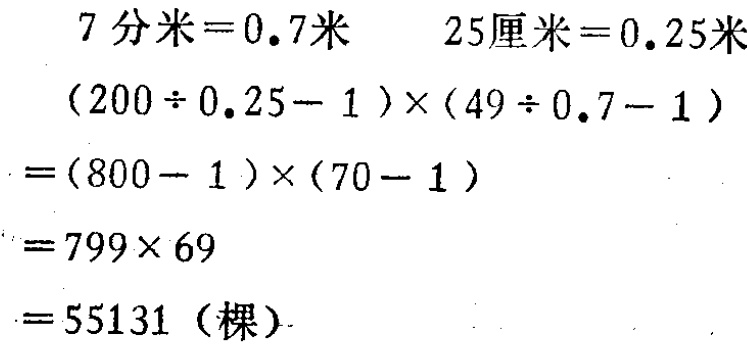
\[

\begin{align*}

&7\text{ 分米}=0.7\text{ 米}\quad25\text{ 厘米}=0.25\text{ 米}\\

&(200\div0.25 - 1)\times(49\div0.7 - 1)\\

=&(800 - 1)\times(70 - 1)\\

=&799\times69\\

=&55131(\text{棵})

\end{align*}

\]